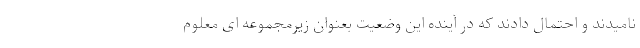
نامیدند و احتمال دادند که در آينده این وضعیت بعنوان زیرمجموعه ای معلوم